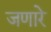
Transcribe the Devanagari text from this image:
जणारे